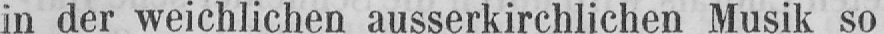
in der weichlichen ausserkirchlichen Musik so